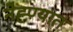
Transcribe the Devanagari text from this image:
नेह्ण्यात